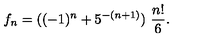
f _ { n } = ( ( - 1 ) ^ { n } + 5 ^ { - ( n + 1 ) } ) \ { \frac { n ! } { 6 } } .